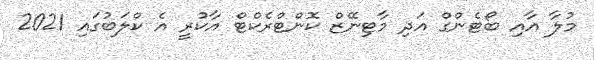
މުލާ އާއި ބޯޓެންގް އަދި މާޓިނޭޒް ކޮންޓްރެކްޓް އާކުރީ އެ ކްލަބުގައި 2021